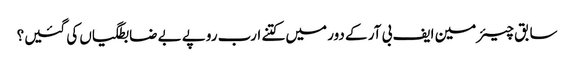
سابق چیئرمین ایف بی آر کے دور میں کتنے ارب روپے بے ضابطگیاں کی گئیں؟